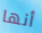
أنها